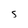
Character: s